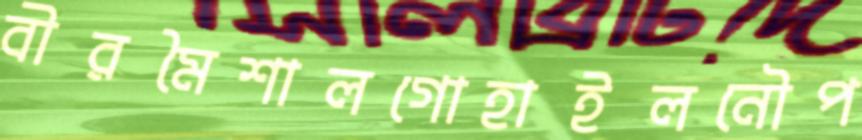
বীরমৈশালগোহাইলনৌপ